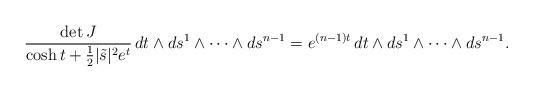
LaTeX: \begin{align*}\frac{\det J}{\cosh t + \frac12 |\tilde s|^2 e^t} \, dt \wedge ds^{1} \wedge \dots \wedge ds^{n-1} = e^{(n-1)t} \, dt\wedge ds^{1} \wedge \dots \wedge ds^{n-1}.\end{align*}